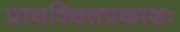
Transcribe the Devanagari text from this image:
प्रायश्चित्तप्रकाशः